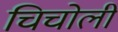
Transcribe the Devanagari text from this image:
चिचोली